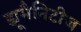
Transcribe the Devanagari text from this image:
ह्यूमैनिटीज